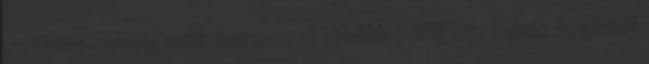
az Ebola-vírust, 200 hat nappal később pedig egy másik dolgozót